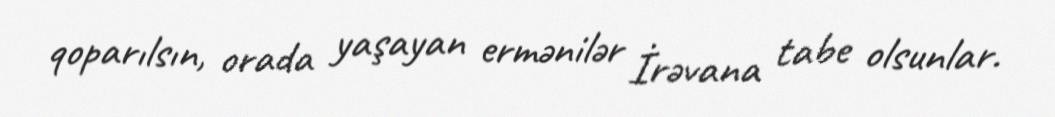
qoparılsın, orada yaşayan ermənilər İrəvana tabe olsunlar.